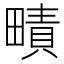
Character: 𤳎